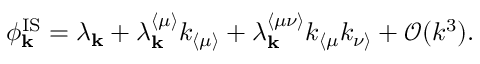
\phi _ { \mathbf { k } } ^ { \mathrm { I S } } = \lambda _ { \mathbf { k } } + \lambda _ { \mathbf { k } } ^ { \langle \mu \rangle } k _ { \langle \mu \rangle } + \lambda _ { \mathbf { k } } ^ { \langle \mu \nu \rangle } k _ { \langle \mu } k _ { \nu \rangle } + \mathcal { O } ( k ^ { 3 } ) .